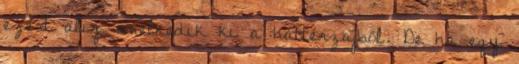
ezért alig emelkedik ki a háttérzajból. De ha egy